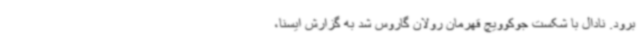
برود. نادال با شکست جوکوویچ قهرمان رولان گاروس شد به گزارش ایسنا،